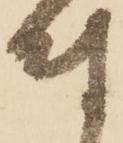
付